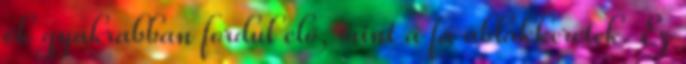
ők gyakrabban fordul elő, mint a fa ablakkeretek. Ez